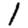
Digit: 1